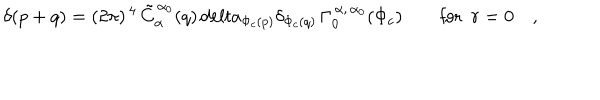
\delta ( p + q ) = ( 2 \pi ) ^ { \, 4 } \, \tilde { C } _ { \alpha } ^ { \, \alpha _ { 0 } } ( q ) \, d e l t a _ { \Phi _ { c } ( p ) } \delta _ { \Phi _ { c } ( q ) } \, \Gamma _ { 0 } ^ { \, \alpha , \, \alpha _ { 0 } } ( \Phi _ { c } ) \qquad \mathrm { f o r ~ } \ r = 0 \quad ,